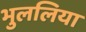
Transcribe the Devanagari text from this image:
भुललिया